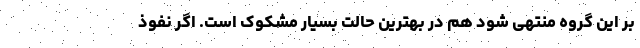
بر این گروه منتهی شود هم در بهترین حالت بسیار مشکوک است. اگر نفوذ